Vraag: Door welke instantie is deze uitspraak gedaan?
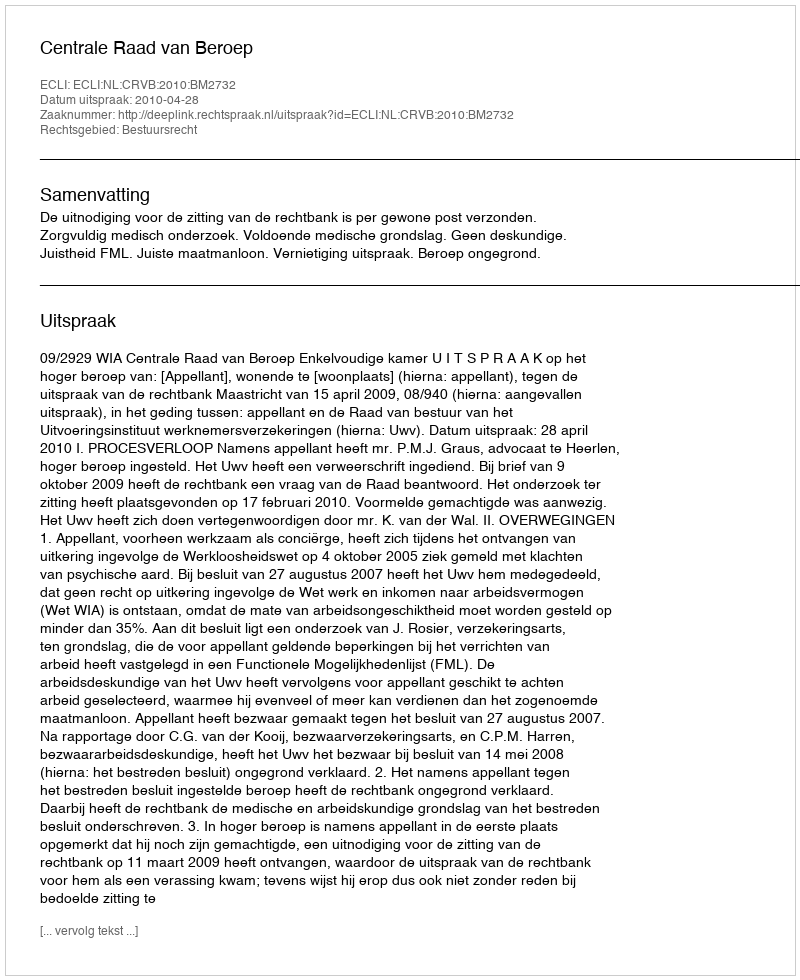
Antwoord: Centrale Raad van Beroep